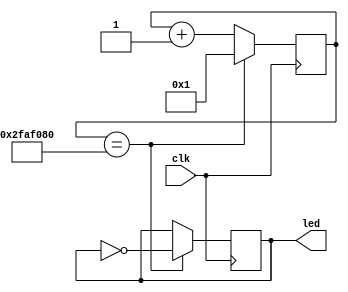
module one_hertz_led(clk,led);
input clk;
output reg led;
reg[28:0] counter;
initial
begin
	led = 1;
	counter = 1;
end
always @ (posedge clk)
begin
	if (counter == 50000000)
	begin
		led = ~led;
		counter = 1;
	end
	else
	begin
		counter = counter + 1;
	end
end	
endmodule